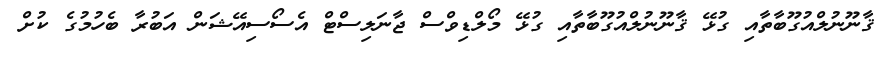
ޤާނޫނުލްއުގޫބާތާއި ގުޅޭ ޤާނޫނުލްއުގޫބާތާއި ގުޅޭ މޯލްޑިވްސް ޖާނަލިސްޓް އެސޯސިއޭޝަން އަބުރާ ބެހުމުގެ ކުށް